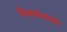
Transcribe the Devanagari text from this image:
वैजयंतावर